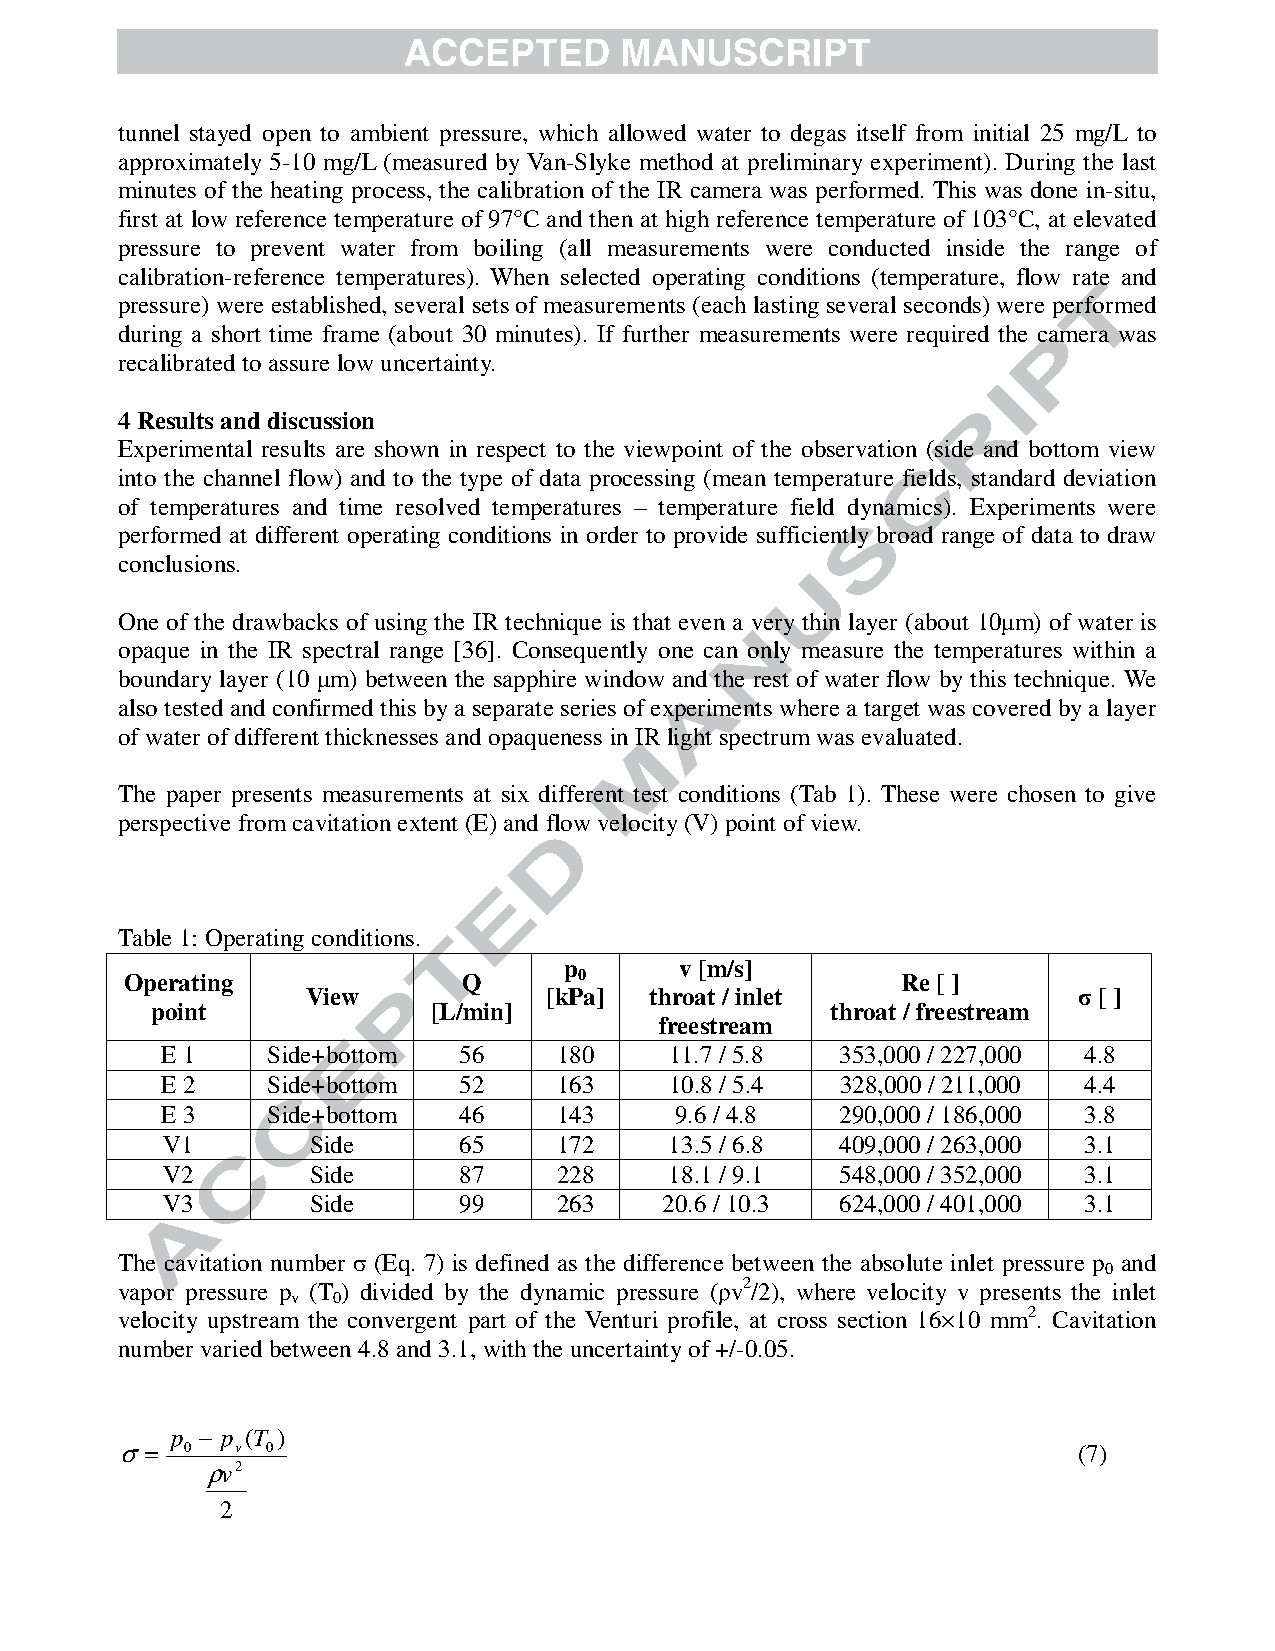
tunnel stayed open to ambient pressure, which allowed water to degas itself from initial 25 mg/L to
 approximately 5-10 mg/L (measured by Van-Slyke method at preliminary experiment). During the last
 minutes of the heating process, the calibration of the IR camera was performed. This was done in-situ,
 first at low reference temperature of 97°C and then at high reference temperature of 103°C, at elevated
 pressure to prevent water from boiling (all measurements were conducted inside the range of
 calibration-reference temperatures). When selected operating conditions (temperature, flow rate and
 pressure) were established, several sets of measurements (each lasting several seconds) were performed
 during a short time frame (about 30 minutes). If further measurements were required the camera was
 recalibrated to assure low uncertainty.
 4 Results and discussion
 Experimental results are shown in respect to the viewpoint of the observation (side and bottom view
 into the channel flow) and to the type of data processing (mean temperature fields, sta ndard deviation
 of temperatures and time resolved temperatures – temperature field dynamics). Experiments were
 performed at different operating conditions in order to provide sufficiently broad range of data to draw
 conclusions.
 One of the drawbacks of using the IR technique is that even a very thin layer (about 10µm) of water is
 opaque in the IR spectral range [36]. Consequently one can only measure the temperatures within a
 boundary layer (10 µm) between the sapphire window and the rest of water flow by this technique. We
 also tested and confirmed this by a separate series of experiments where a target was covered by a layer
 of water of different thicknesses and opaqueness in IR light spectrum was evaluated.
 The paper presents measurements at six different test conditions (Tab 1). These were chosen to give
 perspective from cavitation extent (E) and flow velocity (V) point of view.
 Table 1: Operating conditions.
 p       v [m/s]
 Operating              Q      0                     Re [ ]
 View            [kPa]  throat / inlet              σ [ ]
 point              [L/min]                   throat / freestream
 freestream
 E 1    Side+bottom 56     180    11.7 / 5.8  353,000 / 227,000 4.8
 E 2    Side+bottom 52     163    10.8 / 5.4  328,000 / 211,000 4.4
 E 3    Side+bottom 46     143     9.6 / 4.8  290,000 / 186,000 3.8
 V1        Side     65     172    13.5 / 6.8  409,000 / 263,000 3.1
 V2        Side     87     228    18.1 / 9.1  548,000 / 352,000 3.1
 V3        Side     99     263    20.6 / 10.3 624,000 / 401,000 3.1
 The cavitation number σ (Eq. 7) is defined as the difference between the absolute inlet pressure p and
 0
 vapor pressure p (T ) divided by the dynamic pressure (ρv2/2), where velocity v presents the inlet
 v  0
 velocity upstream the convergent part of the Venturi profile, at cross section 16×10 mm2. Cavitation
 number varied between 4.8 and 3.1, with the uncertainty of +/-0.05.
 p − p (T )
 σ=  0   v 0                                                    (7)
 ρv2
 2